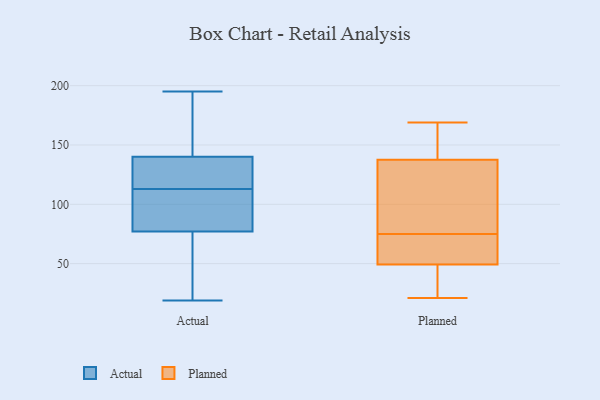
{"axis": {"x": "Tickets Resolved", "y": "Value"}, "legend": ["Actual", "Planned"], "data": [{"x": "", "y": 69, "type": "Actual"}, {"x": "", "y": 143, "type": "Actual"}, {"x": "", "y": 129, "type": "Actual"}, {"x": "", "y": 107, "type": "Actual"}, {"x": "", "y": 130, "type": "Actual"}, {"x": "", "y": 143, "type": "Actual"}, {"x": "", "y": 162, "type": "Actual"}, {"x": "", "y": 97, "type": "Actual"}, {"x": "", "y": 119, "type": "Actual"}, {"x": "", "y": 19, "type": "Actual"}, {"x": "", "y": 195, "type": "Actual"}, {"x": "", "y": 132, "type": "Actual"}, {"x": "", "y": 58, "type": "Actual"}, {"x": "", "y": 90, "type": "Actual"}, {"x": "", "y": 77, "type": "Actual"}, {"x": "", "y": 84, "type": "Actual"}, {"x": "", "y": 140, "type": "Actual"}, {"x": "", "y": 62, "type": "Actual"}, {"x": "", "y": 37, "type": "Planned"}, {"x": "", "y": 33, "type": "Planned"}, {"x": "", "y": 75, "type": "Planned"}, {"x": "", "y": 159, "type": "Planned"}, {"x": "", "y": 52, "type": "Planned"}, {"x": "", "y": 41, "type": "Planned"}, {"x": "", "y": 56, "type": "Planned"}, {"x": "", "y": 21, "type": "Planned"}, {"x": "", "y": 136, "type": "Planned"}, {"x": "", "y": 109, "type": "Planned"}, {"x": "", "y": 119, "type": "Planned"}, {"x": "", "y": 169, "type": "Planned"}, {"x": "", "y": 82, "type": "Planned"}, {"x": "", "y": 142, "type": "Planned"}, {"x": "", "y": 68, "type": "Planned"}, {"x": "", "y": 65, "type": "Planned"}, {"x": "", "y": 163, "type": "Planned"}]}